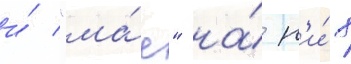
и́ "ма́е" на́ н'и́х